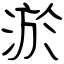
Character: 淤